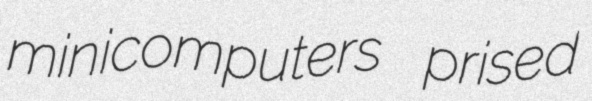
minicomputers prised